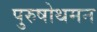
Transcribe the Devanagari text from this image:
पुरुषोथमन